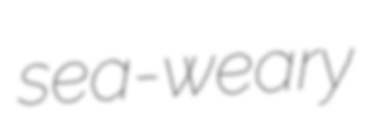
sea-weary